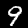
Digit: 9